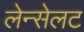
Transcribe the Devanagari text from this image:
लेन्सेलट